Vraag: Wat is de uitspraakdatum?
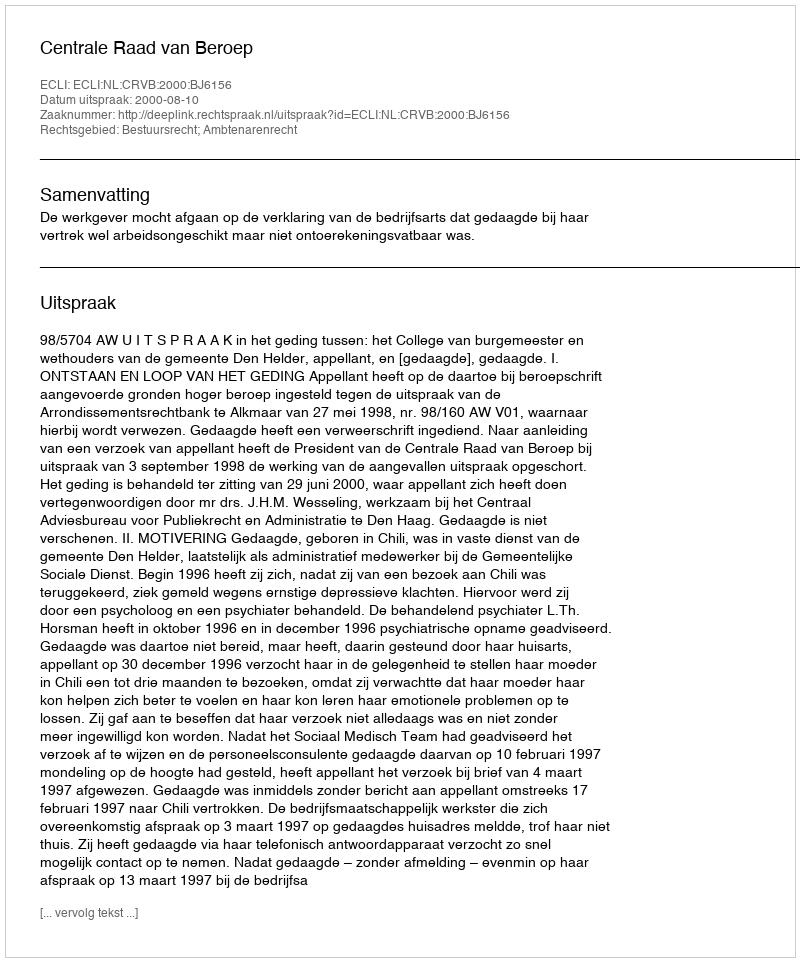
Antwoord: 2000-08-10